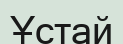
Ұстай